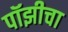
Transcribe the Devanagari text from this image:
पॉझीचा